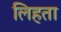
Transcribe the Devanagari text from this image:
लिहता